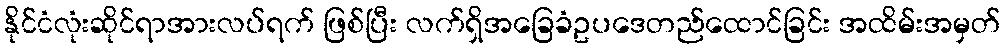
နိုင်ငံလုံးဆိုင်ရာအားလပ်ရက် ဖြစ်ပြီး လက်ရှိအခြေခံဥပဒေတည်ထောင်ခြင်း အထိမ်းအမှတ်